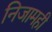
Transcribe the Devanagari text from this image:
निजामही